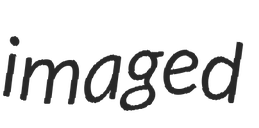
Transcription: imaged